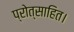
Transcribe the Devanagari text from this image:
प्रोत्साहित।